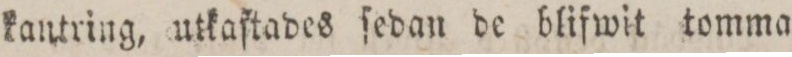
kantring, utkaſtades ſedan de blifwit tomma,